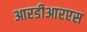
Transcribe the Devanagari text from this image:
आरडीआरएस